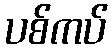
ပစ်ကပ်